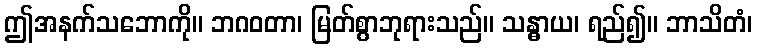
ဤအနက်သဘောကို။ ဘဂဝတာ၊ မြတ်စွာဘုရားသည်။ သန္ဓာယ၊ ရည်၍။ ဘာသိတံ၊